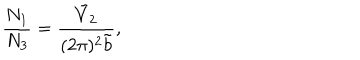
LaTeX: \frac { N _ { 1 } } { N _ { 3 } } = \frac { \tilde { V } _ { 2 } } { ( 2 \pi ) ^ { 2 } \tilde { b } } ,